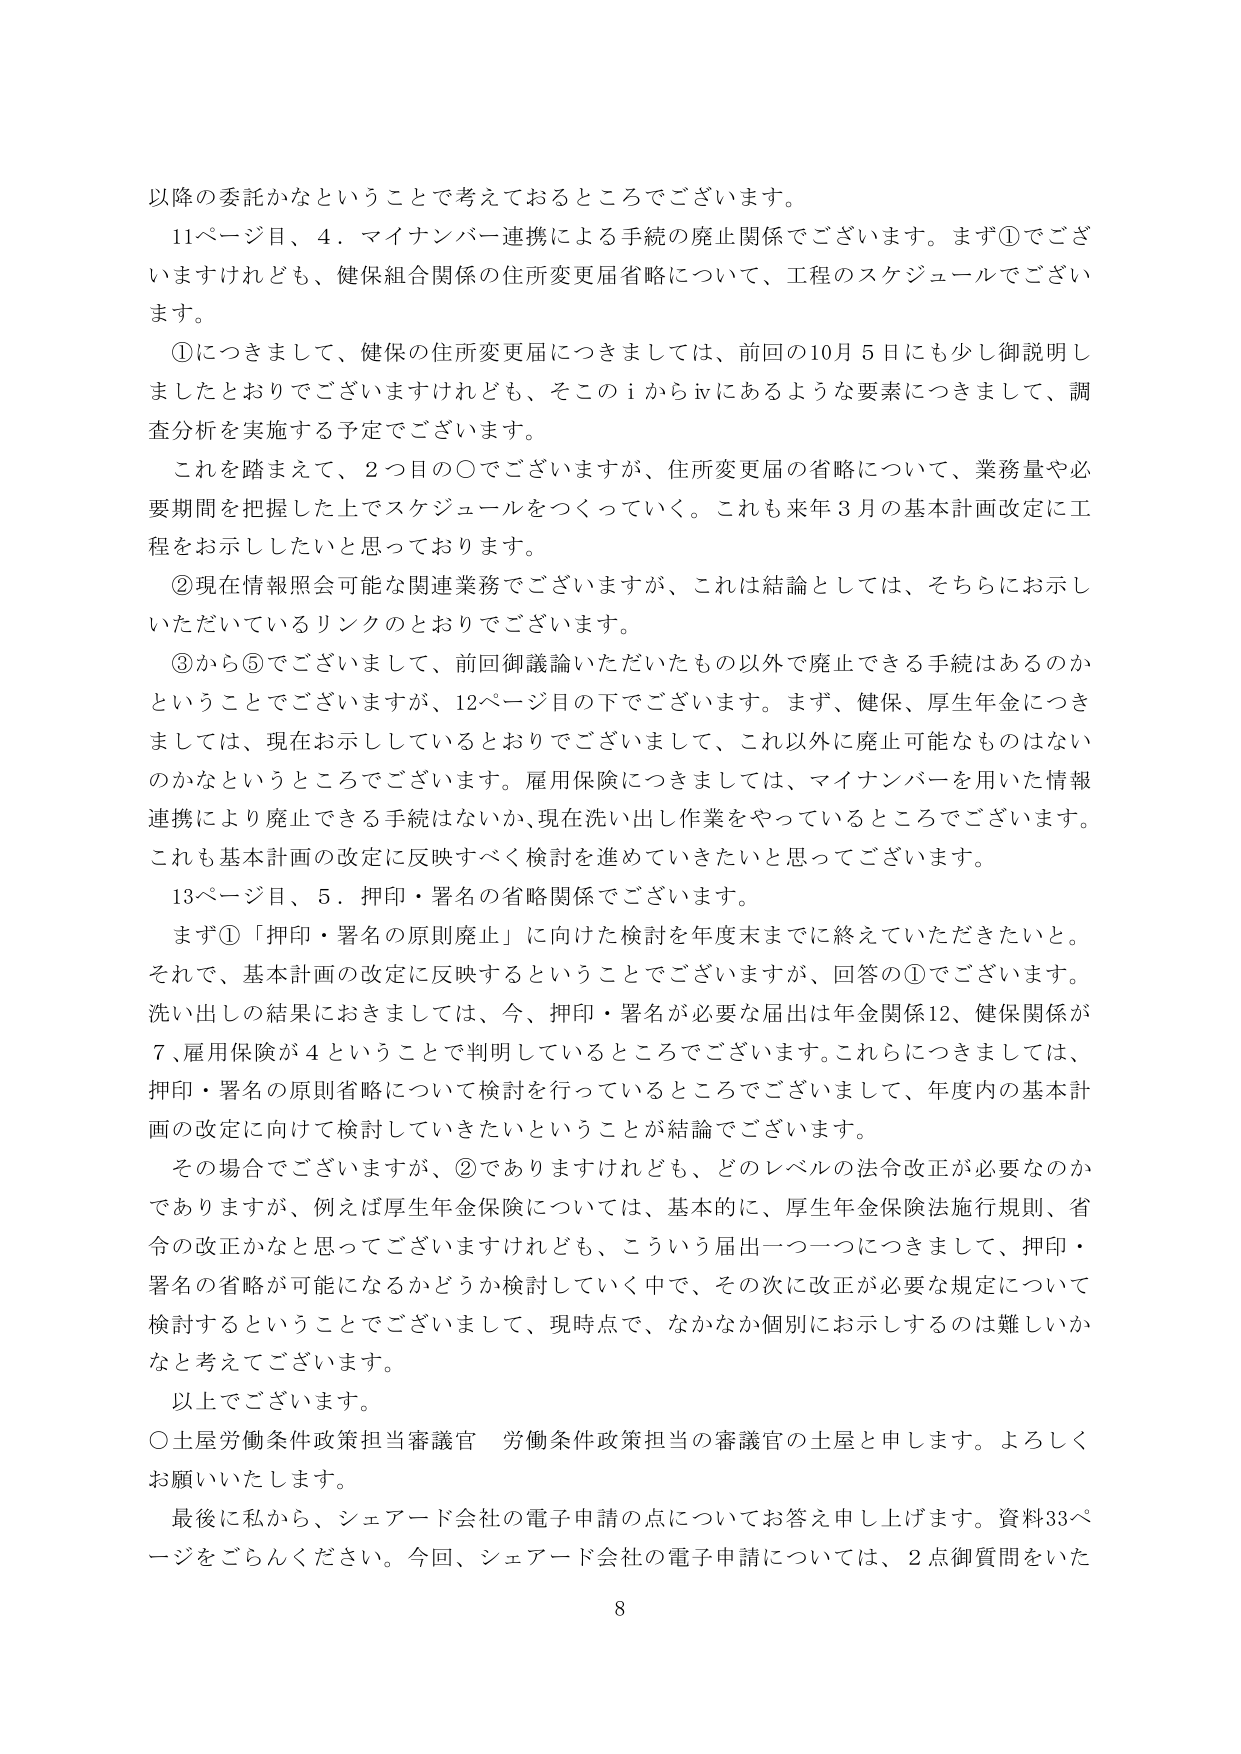
以降の委託かなということで考えておるところでございます。

11ページ目、4．マイナンバー連携による手続の廃止関係でございます。まず①でございますけれども、健保組合関係の住所変更届省略について、工程のスケジュールでございます。

①につきまして、健保の住所変更届につきましては、前回の10月5日にも少し御説明しましたとおりでございますけれども、そこのⅰからⅳにあるような要素につきまして、調査分析を実施する予定でございます。

これを踏まえて、2つ目の〇でございますが、住所変更届の省略について、業務量や必要期間を把握した上でスケジュールをつくっていく。これも来年3月の基本計画改定に工程をお示ししたいと思っております。

②現在情報照会可能な関連業務でございますが、これは結論としては、そちらにお示しいただいているリンクのとおりでございます。

③から⑤でございまして、前回御議論いただいたもの以外で廃止できる手続はあるのかということでございますが、12ページ目の下でございます。まず、健保、厚生年金につきましては、現在お示ししているとおりでございまして、これ以外に廃止可能なものはないのかなというところでございます。雇用保険につきましては、マイナンバーを用いた情報連携により廃止できる手続はないか、現在洗い出し作業をやっているところでございます。これも基本計画の改定に反映すべく検討を進めていきたいと思ってございます。

13ページ目、5．押印・署名の省略関係でございます。

まず①「押印・署名の原則廃止」に向けた検討を年度末までに終えていただきたいと。それで、基本計画の改定に反映するということでございますが、回答の①でございます。洗い出しの結果におきましては、今、押印・署名が必要な届出は年金関係12、健保関係が7、雇用保険が4ということで判明しているところでございます。これらにつきましては、押印・署名の原則省略について検討を行っているところでございまして、年度内の基本計画の改定に向けて検討していきたいということが結論でございます。

その場合でございますが、②でありますけれども、どのレベルの法令改正が必要なのかでありますか、例えば厚生年金保険については、基本的に、厚生年金保険法施行規則、省令の改正かなと思ってございますけれども、こういう届出一つ一つにつきまして、押印・署名の省略が可能になるかどうか検討していく中で、その次に改正が必要な規定について検討するということでございまして、現時点で、なかなか個別にお示しするのは難しいかなと考えております。

以上でございます。

〇土屋労働条件政策担当審議官 労働条件政策担当の審議官の土屋と申します。よろしくお願いいたします。

最後に私から、シェアード会社の電子申請の点についてお答え申し上げます。資料33ページをごらんください。今回、シェアード会社の電子申請については、2点御質問をいた

8